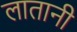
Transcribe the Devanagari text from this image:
लातानी